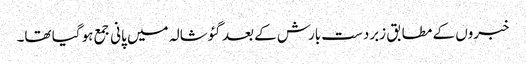
خبروں کے مطابق زبردست بارش کے بعد گئوشالہ میں پانی جمع ہو گیا تھا۔